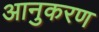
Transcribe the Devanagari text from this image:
आनुकरण